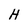
Character: H